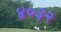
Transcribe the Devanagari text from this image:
४०३२